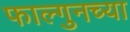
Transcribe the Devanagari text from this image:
फाल्गुनच्या